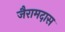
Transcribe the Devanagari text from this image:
जैरामदास